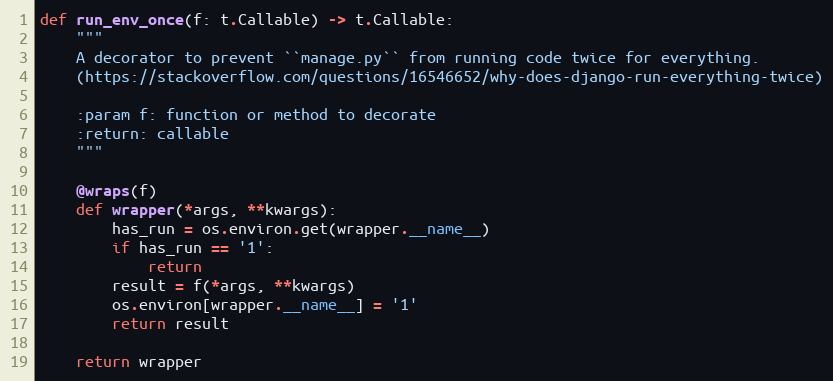
Language: Python
def run_env_once(f: t.Callable) -> t.Callable:
    """
    A decorator to prevent ``manage.py`` from running code twice for everything.
    (https://stackoverflow.com/questions/16546652/why-does-django-run-everything-twice)

    :param f: function or method to decorate
    :return: callable
    """

    @wraps(f)
    def wrapper(*args, **kwargs):
        has_run = os.environ.get(wrapper.__name__)
        if has_run == '1':
            return
        result = f(*args, **kwargs)
        os.environ[wrapper.__name__] = '1'
        return result

    return wrapper